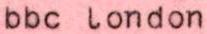
bbc london